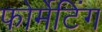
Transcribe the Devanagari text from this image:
फोर्मेटिंग